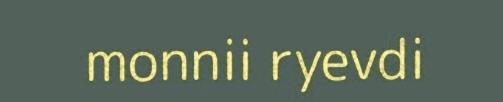
monnii ryevdi